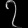
Digit: ၇